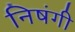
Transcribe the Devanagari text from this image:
निषंगी